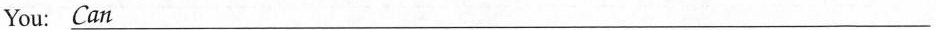
You:\underline{Can}